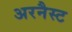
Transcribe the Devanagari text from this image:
अरनैस्ट